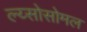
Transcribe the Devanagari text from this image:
ल्य्सोसोमल